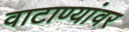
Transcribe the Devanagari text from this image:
वाटाण्यांवर